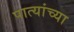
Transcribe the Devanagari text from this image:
पात्यांच्या